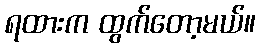
ရထားက ထွက်တော့မယ်။